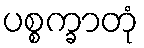
ပစ္စက္ခာတုံ